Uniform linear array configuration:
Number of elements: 64
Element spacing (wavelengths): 0.75
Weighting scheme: uniform
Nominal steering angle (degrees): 45
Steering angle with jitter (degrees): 46.865
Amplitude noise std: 0.05
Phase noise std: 0.05

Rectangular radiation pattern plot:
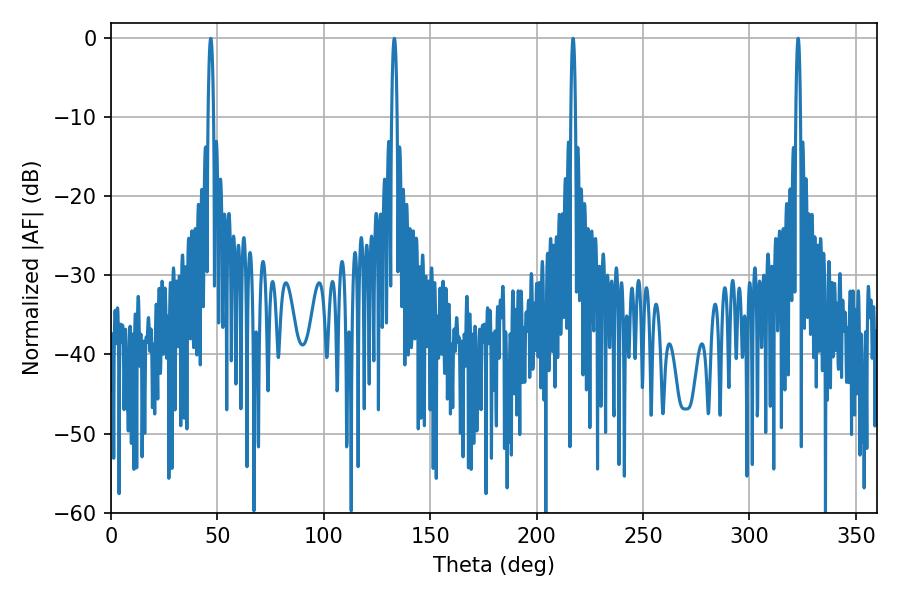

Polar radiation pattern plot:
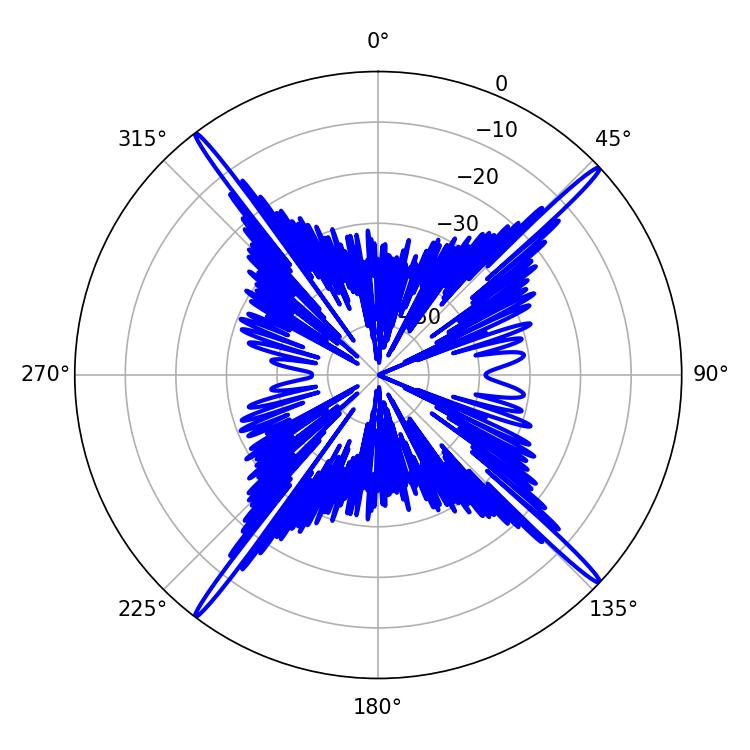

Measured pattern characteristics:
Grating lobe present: TRUE
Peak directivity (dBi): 21.835
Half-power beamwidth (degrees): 1.08
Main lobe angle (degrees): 217.08